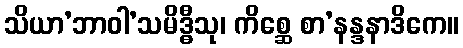
သိယာ’ဘာဝါ’သမိဒ္ဓီသု၊ ကိစ္ဆေ စာ’နန္ဒနာဒိကေ။